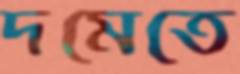
দমেতে